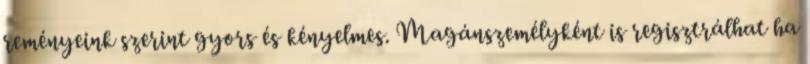
reményeink szerint gyors és kényelmes. Magánszemélyként is regisztrálhat ha